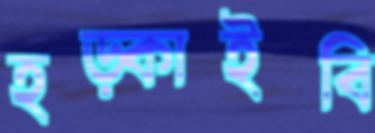
হড়্‌কাইবি